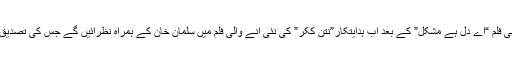
اداکارفواد خان سب سے زیادہ انتطارکرائی جانے والی فلم “اے دل ہے مشکل” کے بعد اب ہدایتکار”نتن ککر” کی نئی آنے والی فلم میں سلمان خان کے ہمراہ نظرآئیں گے جس کی تصدیق فلم کے ہدایتکارکی جانب سے بھی کردی گئی ہے۔